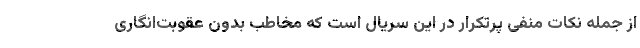
از جمله نکات منفی پرتکرار در این سریال است که مخاطب بدون عقوبت‌انگاری